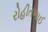
રોહીતભાઈ